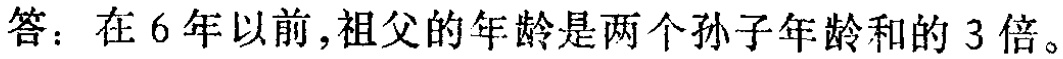
答：在6年以前，祖父的年龄是两个孙子年龄和的3倍。